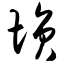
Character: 埙